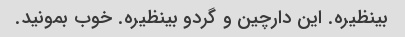
بینظیره. این دارچین و گردو بینظیره. خوب بمونید.